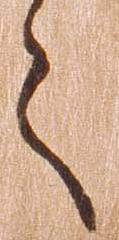
々